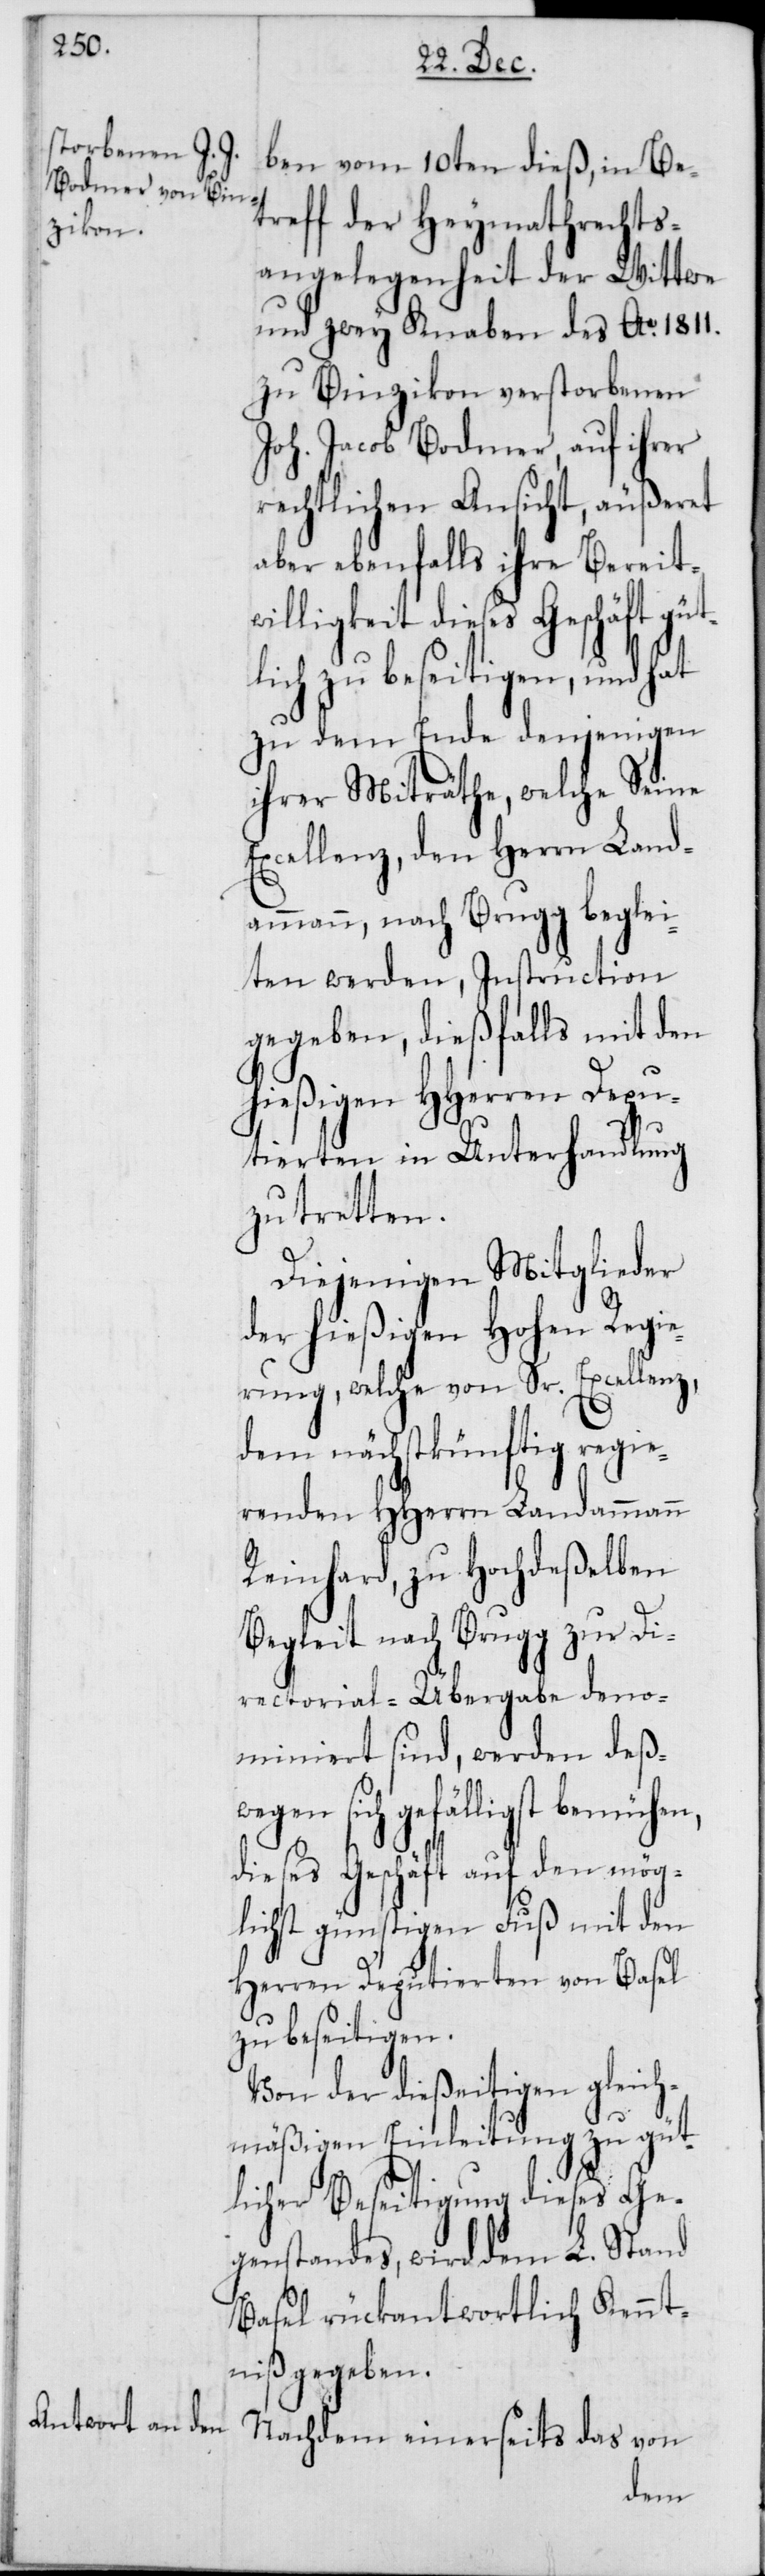
ben vom 10ten dieß, in Be¬
treff der Heymathrechts¬
angelegenheit der Wittwe
und zwey Knaben des Ao 1811.
zu Binzikon verstorbenen
Joh. Jacob Bodmer, auf ihrer
rechtlichen Ansicht, äußert
aber ebenfalls ihre Bereit¬
willigkeit dieses Geschäft güt¬
lich zu beseitigen, und hat
zu dem Ende denjenigen
ihrer Miträthe, welche Seine
Excellenz, den Herrn Land¬
ammann, nach Brugg beglei¬
ten werden, Instruction
gegeben, dießfalls mit den
hießigen HHerren Depu¬
tierten in Unterhandlung
zu tretten.
Diejenigen Mitglieder
der hießigen Hohen Regie¬
rung, welche von Sr. Excellenz,
dem nächstkünftig regie¬
renden HHerrn Landammann
Reinhard, zu Hochdeßelben
Begleit nach Brugg zur Di¬
rectorial-Übergabe deno¬
miniert sind, werden deßwe¬
gen sich gefälligst bemühen,
dieses Geschäft auf den mög¬
lichst günstigen Fuß mit den
Herren Deputierten von Basel
zu beseitigen.
Von der dießeitigen gleich¬
mäßigen Einleitung zu güt¬
licher Beseitigung dieses Ge¬
genstandes, wird dem L. Stand
Basel rückantwortlich Kennt¬
niß gegeben.
Nachdem einerseits das von